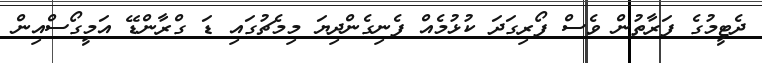
ދެޓީމުގެ ފަރާތުން ވެސް ފޯރިގަދަ ކުޅުމެއް ފެނިގެންދިޔަ މިމެޗުގައި ޑަ ގްރާންޑޭ އަމީގޯސްއިން